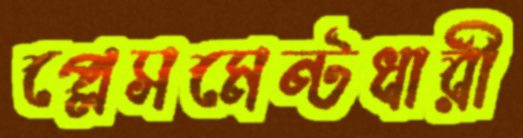
প্লেসমেন্টধারী